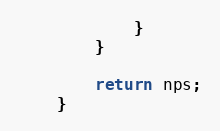
Language: Java
			}
		}

		return nps;
	}